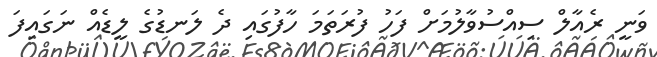
ވަނީ ރެއާލް ސިއްސުވާލުމަށް ފަހު ފުރަތަމަ ހާފުގައި ދެ ލަނޑުގެ ލީޑެއް ނަގައިފަ